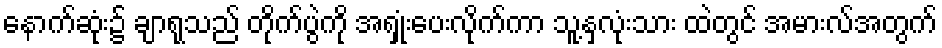
နောက်ဆုံး၌ ချာရုသည် တိုက်ပွဲကို အရှုံးပေးလိုက်ကာ သူ့နှလုံးသား ထဲတွင် အမားလ်အတွက်